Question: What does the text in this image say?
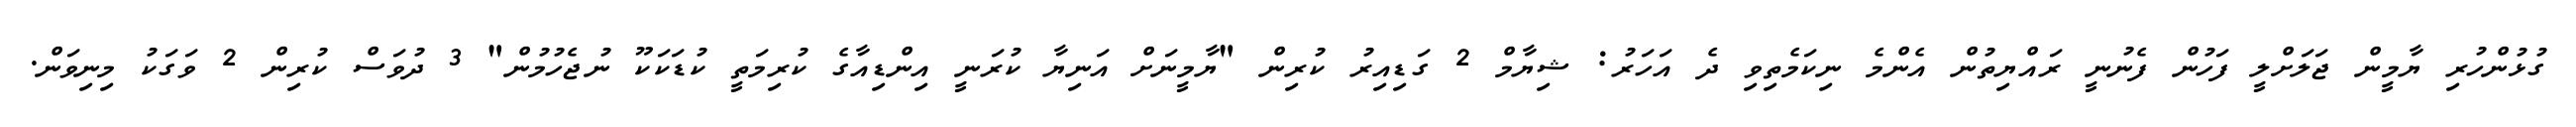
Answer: ގުޅުންހުރި ޔާމީން ޖަލަށްލީ ފަހުން ފެނުނީ ރައްޔިތުން އެންމެ ނިކަމެތިވި ދެ އަހަރު: ޝިޔާމް 2 ގަޑިއިރު ކުރިން "ޔާމީނަށް އަނިޔާ ކުރަނީ އިންޑިއާގެ ކުރިމަތީ ކުޑަކަކޫ ނުޖެހުމުން" 3 ދުވަސް ކުރިން 2 ވަގަކު މިނިވަން.